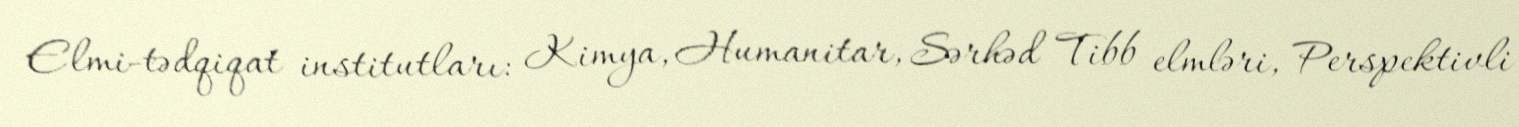
Elmi-tədqiqat institutları: Kimya, Humanitar, Sərhəd Tibb elmləri, Perspektivli